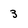
Character: 3